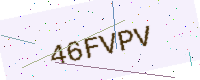
Text: 46FVPV